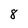
Character: 8